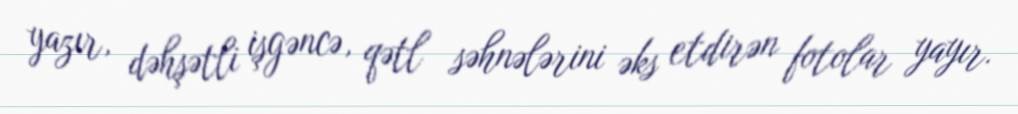
yazır, dəhşətli işgəncə, qətl səhnələrini əks etdirən fotolar yayır.